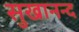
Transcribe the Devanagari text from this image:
सुखानन्द